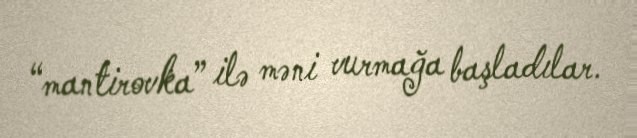
“mantirovka” ilə məni vurmağa başladılar.